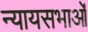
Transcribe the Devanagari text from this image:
न्यायसभाओं